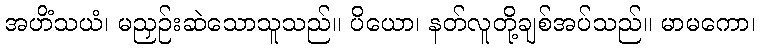
အဟိံသယံ၊ မညှဉ်းဆဲသောသူသည်။ ပိယော၊ နတ်လူတို့ချစ်အပ်သည်။ မာမကော၊